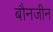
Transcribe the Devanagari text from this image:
बौनजीन